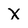
Character: X